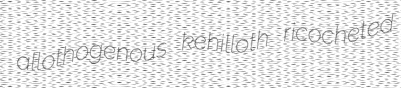
allothogenous kehilloth ricocheted